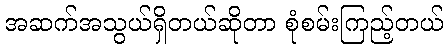
အဆက်အသွယ်ရှိတယ်ဆိုတာ စုံစမ်းကြည့်တယ်